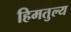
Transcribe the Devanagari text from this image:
हिमतुल्य